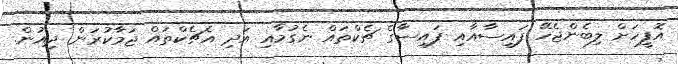
އޮފީހަށް ލިބެންޖެހޭ ފައިސާއާއި ފައިސާގެ ޗެކްތައް ނެގުމާއި އަދި އެޗެކްތައް ޖަމާކުރަން ދިއުން.